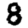
Digit: 8